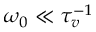
\omega _ { 0 } \ll \tau _ { v } ^ { - 1 }